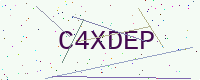
Text: C4XDEP